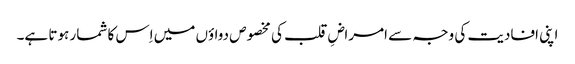
اپنی افادیت کی وجہ سے امراضِ قلب کی مخصوص دواؤں میں اِس کا شمار ہوتا ہے۔